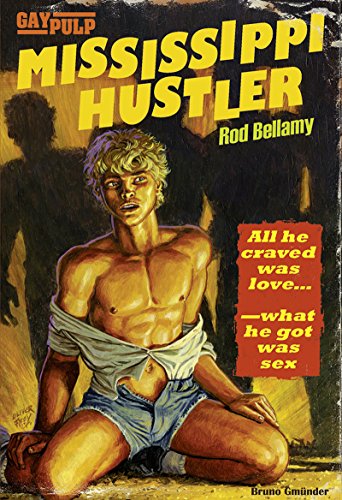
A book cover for Mississippi Hustler: A Searing Expose of Gay Life in 1960s U.S.A. (Gay Pulp); Rod Bellamy; Romance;